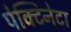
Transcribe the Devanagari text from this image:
पेक्टिनेटा